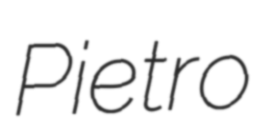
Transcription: Pietro